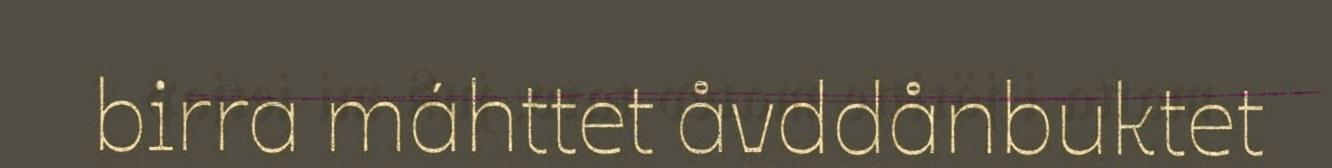
birra máhttet åvddånbuktet